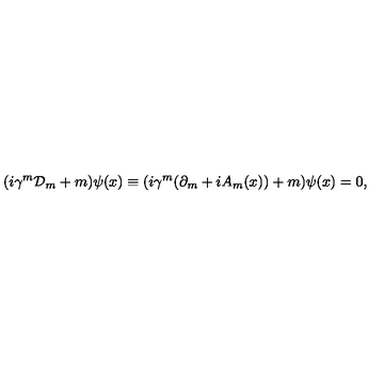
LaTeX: ( i \gamma ^ { m } { \cal D } _ { m } + m ) \psi ( x ) \equiv ( i \gamma ^ { m } ( \partial _ { m } + i A _ { m } ( x ) ) + m ) \psi ( x ) = 0 ,